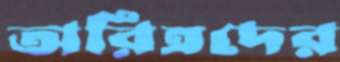
অরিত্রদের